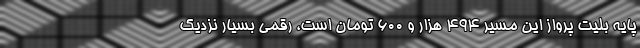
پایه بلیت پرواز این مسیر ۴۹۴ هزار و ۶۰۰ تومان است، رقمی بسیار نزدیک